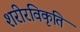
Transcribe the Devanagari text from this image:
शरीरविकृति